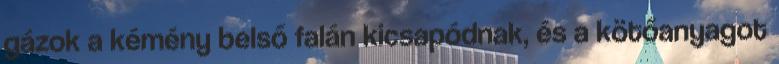
gázok a kémény belső falán kicsapódnak, és a kötőanyagot